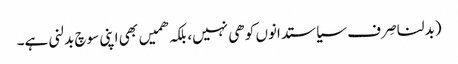
(بدلنا صِرف سیاستدانوں کو ھی نہیں، بلکہ ھمیں بھی اپنی سوچ بدلنی ہے۔